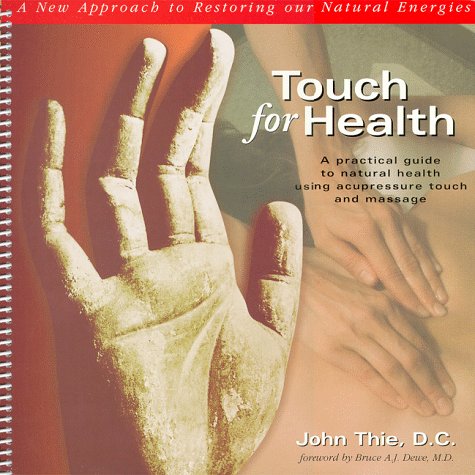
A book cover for Touch for Health: A Practical Guide to Natural Health Using Acupressure Touch and Massage; John Thie; Health, Fitness & Dieting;